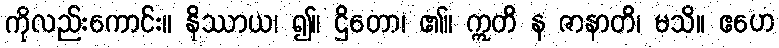
ကိုလည်းကောင်း။ နိဿာယ၊ ၍။ ဌိတော၊ ၏။ ဣတိ န ဇာနာတိ၊ မသိ။ ဧဟေ